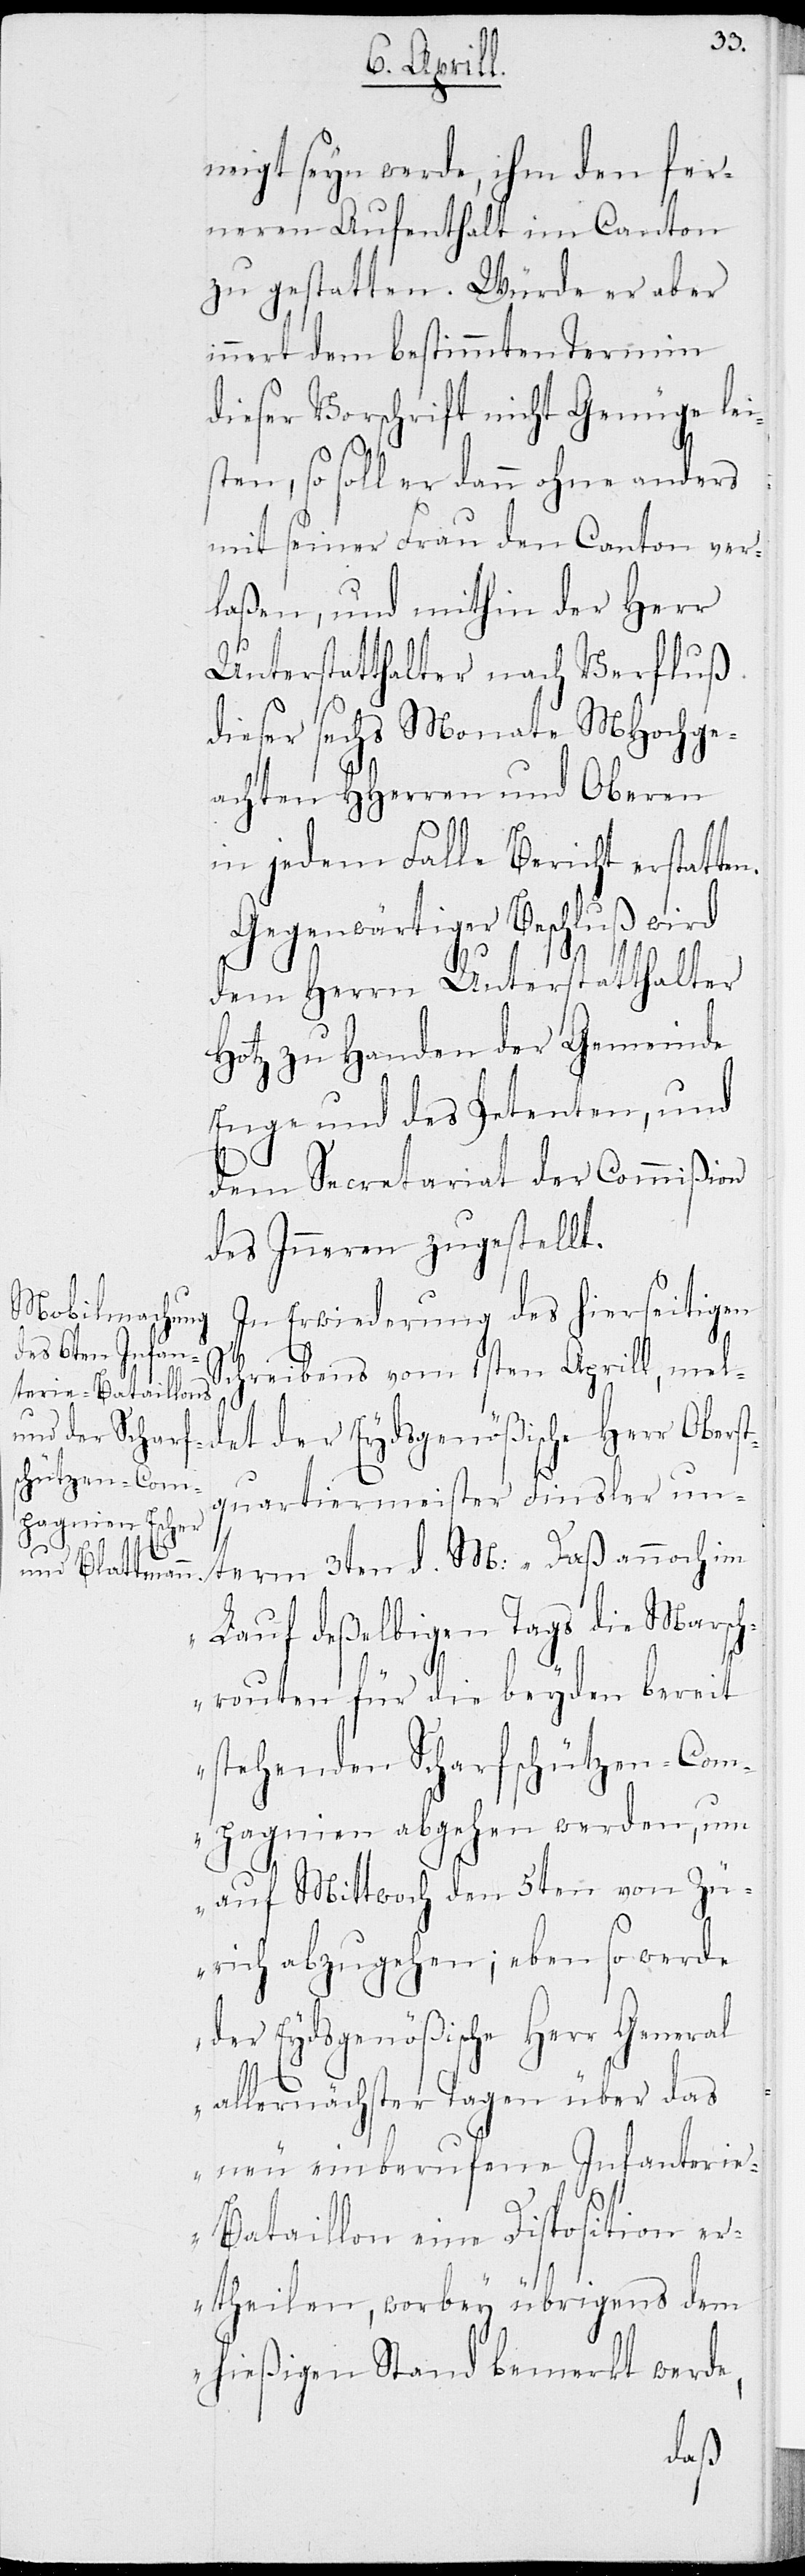
n.

neigt seyn werde, ihm den fer¬
neren Aufenthalt im Canton
zu gestatten. Würde er aber
nerhalb dem bestimmten Termin
dieser Vorschrift nicht Genüge lei¬
sten, so soll er dann ohne anders
mit seiner Frau den Canton ver¬
laßen, und mithin der Herr
Unterstatthalter nach Verfluß
dieser sechs Monate MHochge¬
achten HHerren und Oberen
in jedem Falle Bericht erstatte¬
Gegenwärtiger Beschluß wird
dem Herrn Unterstatthalter
Hotz zu Handen der Gemeinde
Enge und des Petenten, und
dem Secratariat der Commißion
des Inneren zugestellt.
In Erwiederung des hierseitigen
n¬
Schreibens vom 1sten Aprill, meld¬
et der Eydsgenößische Herr Oberst¬
quartiermeister Finsler un¬
term 3ten d. M.: „Daß annoch im
Lauf deßelbigen Tags die Marsch¬
routen für die beyden bereit
stehenden Scharfschützen-Com¬
pagnien abgehen werden, um
auf Mittwoch den 5ten von Zü¬
rich abzugehen; ebenso werde
der Eydsgenößische Herr General
allernächster Tagen über das
neu einberufene Infanteri¬
e-Bataillon eine Disposition er¬
theilen, worbey übrigens dem
hießigen Stand bemerkt werde,